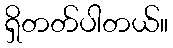
ရှိတတ်ပါတယ်။